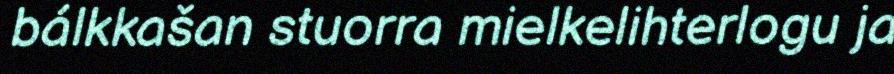
bálkkašan stuorra mielkelihterlogu ja